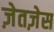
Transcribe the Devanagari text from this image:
ज़ेतज़ेस